Senior Leaving Certificate Examination (including Day School Certificate (Higher) General paper), 1948
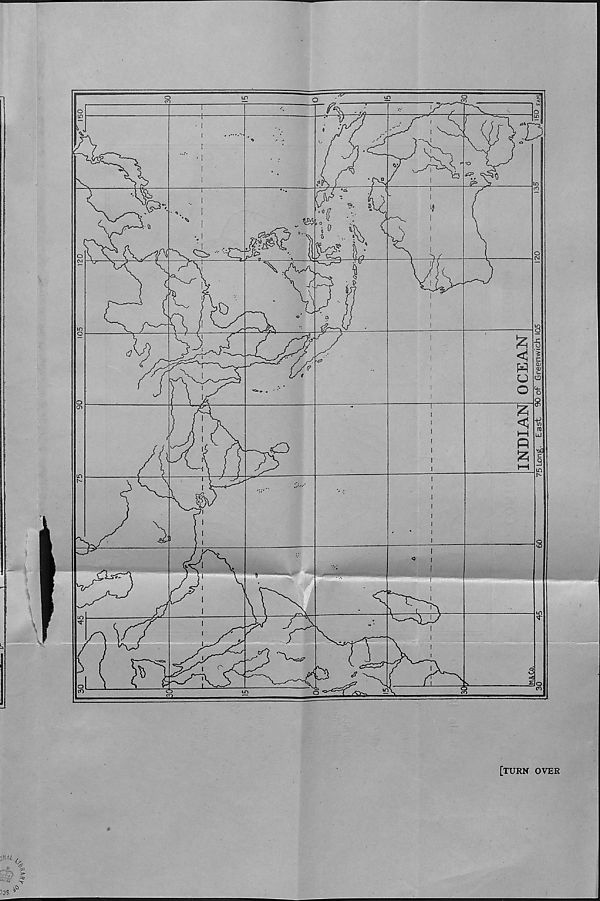
77
:d
? i.
0
H
U
o
z
p
O
•oc
3
,
»
\l
rV^-i
[turn over